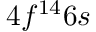
4 f ^ { 1 4 } 6 s